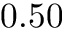
0 . 5 0